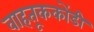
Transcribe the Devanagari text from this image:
वाहतूककोंडी